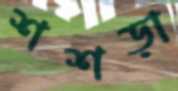
শশড়া